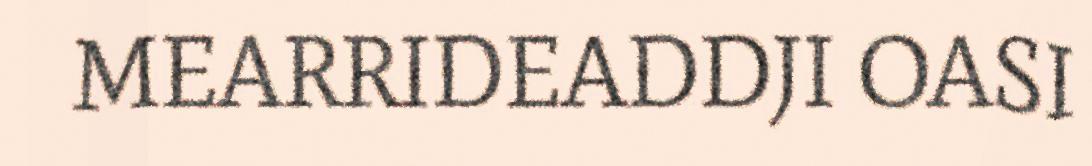
MEARRIDEADDJI OASI